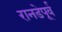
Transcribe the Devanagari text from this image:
रानडेपूर्व